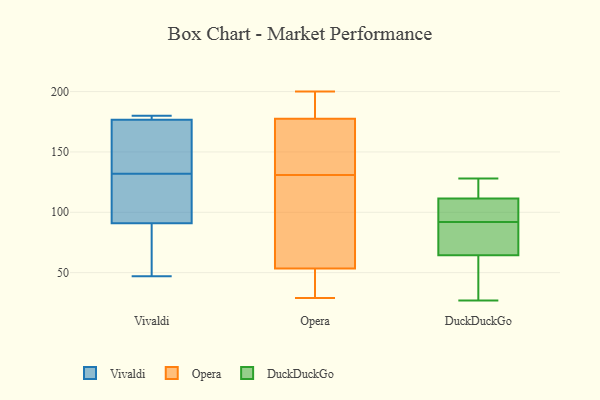
{"axis": {"x": "Shipments", "y": "Value"}, "legend": ["DuckDuckGo", "Opera", "Vivaldi"], "data": [{"x": "", "y": 180, "type": "Vivaldi"}, {"x": "", "y": 176, "type": "Vivaldi"}, {"x": "", "y": 76, "type": "Vivaldi"}, {"x": "", "y": 132, "type": "Vivaldi"}, {"x": "", "y": 158, "type": "Vivaldi"}, {"x": "", "y": 179, "type": "Vivaldi"}, {"x": "", "y": 103, "type": "Vivaldi"}, {"x": "", "y": 127, "type": "Vivaldi"}, {"x": "", "y": 133, "type": "Vivaldi"}, {"x": "", "y": 179, "type": "Vivaldi"}, {"x": "", "y": 66, "type": "Vivaldi"}, {"x": "", "y": 96, "type": "Vivaldi"}, {"x": "", "y": 47, "type": "Vivaldi"}, {"x": "", "y": 60, "type": "Opera"}, {"x": "", "y": 174, "type": "Opera"}, {"x": "", "y": 147, "type": "Opera"}, {"x": "", "y": 75, "type": "Opera"}, {"x": "", "y": 137, "type": "Opera"}, {"x": "", "y": 42, "type": "Opera"}, {"x": "", "y": 35, "type": "Opera"}, {"x": "", "y": 105, "type": "Opera"}, {"x": "", "y": 191, "type": "Opera"}, {"x": "", "y": 125, "type": "Opera"}, {"x": "", "y": 47, "type": "Opera"}, {"x": "", "y": 139, "type": "Opera"}, {"x": "", "y": 31, "type": "Opera"}, {"x": "", "y": 181, "type": "Opera"}, {"x": "", "y": 156, "type": "Opera"}, {"x": "", "y": 29, "type": "Opera"}, {"x": "", "y": 200, "type": "Opera"}, {"x": "", "y": 192, "type": "Opera"}, {"x": "", "y": 194, "type": "Opera"}, {"x": "", "y": 71, "type": "Opera"}, {"x": "", "y": 83, "type": "DuckDuckGo"}, {"x": "", "y": 81, "type": "DuckDuckGo"}, {"x": "", "y": 128, "type": "DuckDuckGo"}, {"x": "", "y": 59, "type": "DuckDuckGo"}, {"x": "", "y": 83, "type": "DuckDuckGo"}, {"x": "", "y": 102, "type": "DuckDuckGo"}, {"x": "", "y": 98, "type": "DuckDuckGo"}, {"x": "", "y": 110, "type": "DuckDuckGo"}, {"x": "", "y": 42, "type": "DuckDuckGo"}, {"x": "", "y": 112, "type": "DuckDuckGo"}, {"x": "", "y": 113, "type": "DuckDuckGo"}, {"x": "", "y": 27, "type": "DuckDuckGo"}, {"x": "", "y": 55, "type": "DuckDuckGo"}, {"x": "", "y": 92, "type": "DuckDuckGo"}, {"x": "", "y": 127, "type": "DuckDuckGo"}]}